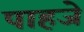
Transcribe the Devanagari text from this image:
पाहजे